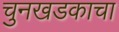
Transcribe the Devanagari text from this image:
चुनखडकाचा